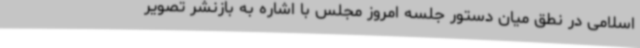
اسلامی در نطق میان دستور جلسه امروز مجلس با اشاره به بازنشر تصویر